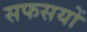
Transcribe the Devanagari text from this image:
सफसयों